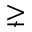
\gneq